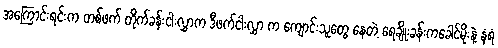
အကြောင်းရင်းက တစ်ဖက် တိုက်ခန်းငါးလွှာက ဒီဖက်ငါးလွှာ က ကျောင်းသူတွေ နေတဲ့ ရေချိုးခန်းကခေါင်မိုးနဲ့ နံရံ